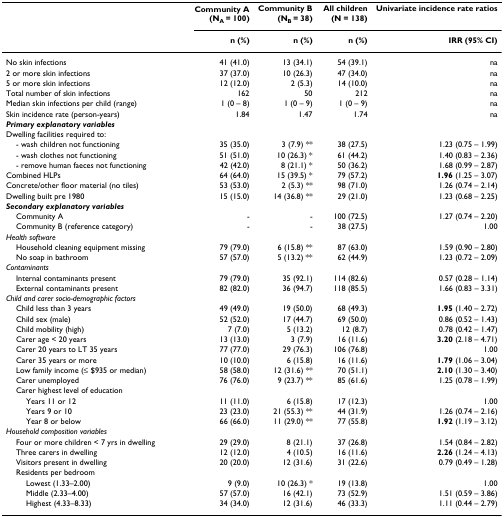
<table><thead><tr><td></td><td><b>Community A(N<sub>A </sub>= 100)</b></td><td><b>Community B(N<sub>B </sub>= 38)</b></td><td><b>All children(N = 138)</b></td><td><b>Univariate incidence rate ratios</b></td></tr><tr><td></td><td><b>n (%)</b></td><td><b>n (%)</b></td><td><b>n (%)</b></td><td><b>IRR (95% CI)</b></td></tr></thead><tbody><tr><td>No skin infections</td><td>41 (41.0)</td><td>13 (34.1)</td><td>54 (39.1)</td><td>na</td></tr><tr><td>2 or more skin infections</td><td>37 (37.0)</td><td>10 (26.3)</td><td>47 (34.0)</td><td>na</td></tr><tr><td>5 or more skin infections</td><td>12 (12.0)</td><td>2 (5.3)</td><td>14 (10.0)</td><td>na</td></tr><tr><td>Total number of skin infections</td><td>162</td><td>50</td><td>212</td><td>na</td></tr><tr><td>Median skin infections per child (range)</td><td>1 (0 – 8)</td><td>1 (0 – 9)</td><td>1 (0 – 9)</td><td>na</td></tr><tr><td>Skin incidence rate (person-years)</td><td>1.84</td><td>1.47</td><td>1.74</td><td>na</td></tr><tr><td><b><i>Primary explanatory variables </i></b></td><td></td><td></td><td></td><td></td></tr><tr><td>Dwelling facilities required to:</td><td></td><td></td><td></td><td></td></tr><tr><td> - wash children not functioning</td><td>35 (35.0)</td><td>3 (7.9) **</td><td>38 (27.5)</td><td>1.23 (0.75 – 1.99)</td></tr><tr><td> - wash clothes not functioning</td><td>51 (51.0)</td><td>10 (26.3) *</td><td>61 (44.2)</td><td>1.40 (0.83 – 2.36)</td></tr><tr><td> - remove human faeces not functioning</td><td>42 (42.0)</td><td>8 (21.1) *</td><td>50 (36.2)</td><td>1.68 (0.99 – 2.87)</td></tr><tr><td>Combined HLPs</td><td>64 (64.0)</td><td>15 (39.5) *</td><td>79 (57.2)</td><td><b>1.96 </b>(1.25 – 3.07)</td></tr><tr><td>Concrete/other floor material (no tiles)</td><td>53 (53.0)</td><td>2 (5.3) **</td><td>98 (71.0)</td><td>1.26 (0.74 – 2.14)</td></tr><tr><td>Dwelling built pre 1980</td><td>15 (15.0)</td><td>14 (36.8) **</td><td>29 (21.0)</td><td>1.23 (0.68 – 2.25)</td></tr><tr><td><b><i>Secondary explanatory variables</i></b></td><td></td><td></td><td></td><td></td></tr><tr><td> Community A</td><td>-</td><td>-</td><td>100 (72.5)</td><td>1.27 (0.74 – 2.20)</td></tr><tr><td> Community B (reference category)</td><td>-</td><td>-</td><td>38 (27.5)</td><td>1.00</td></tr><tr><td><i>Health software</i></td><td></td><td></td><td></td><td></td></tr><tr><td> Household cleaning equipment missing</td><td>79 (79.0)</td><td>6 (15.8) **</td><td>87 (63.0)</td><td>1.59 (0.90 – 2.80)</td></tr><tr><td> No soap in bathroom</td><td>57 (57.0)</td><td>5 (13.2) **</td><td>62 (44.9)</td><td>1.23 (0.72 – 2.09)</td></tr><tr><td><i>Contaminants</i></td><td></td><td></td><td></td><td></td></tr><tr><td> Internal contaminants present</td><td>79 (79.0)</td><td>35 (92.1)</td><td>114 (82.6)</td><td>0.57 (0.28 – 1.14)</td></tr><tr><td> External contaminants present</td><td>82 (82.0)</td><td>36 (94.7)</td><td>118 (85.5)</td><td>1.66 (0.83 – 3.31)</td></tr><tr><td><i>Child and carer socio-demographic factors</i></td><td></td><td></td><td></td><td></td></tr><tr><td> Child less than 3 years</td><td>49 (49.0)</td><td>19 (50.0)</td><td>68 (49.3)</td><td><b>1.95 </b>(1.40 – 2.72)</td></tr><tr><td> Child sex (male)</td><td>52 (52.0)</td><td>17 (44.7)</td><td>69 (50.0)</td><td>0.86 (0.52 – 1.43)</td></tr><tr><td> Child mobility (high)</td><td>7 (7.0)</td><td>5 (13.2)</td><td>12 (8.7)</td><td>0.78 (0.42 – 1.47)</td></tr><tr><td> Carer age &lt; 20 years</td><td>13 (13.0)</td><td>3 (7.9)</td><td>16 (11.6)</td><td><b>3.20 </b>(2.18 – 4.71)</td></tr><tr><td> Carer 20 years to LT 35 years</td><td>77 (77.0)</td><td>29 (76.3)</td><td>106 (76.8)</td><td>1.00</td></tr><tr><td> Carer 35 years or more</td><td>10 (10.0)</td><td>6 (15.8)</td><td>16 (11.6)</td><td><b>1.79 </b>(1.06 – 3.04)</td></tr><tr><td> Low family income (≤ $935 or median)</td><td>58 (58.0)</td><td>12 (31.6) **</td><td>70 (51.1)</td><td><b>2.10 </b>(1.30 – 3.40)</td></tr><tr><td> Carer unemployed</td><td>76 (76.0)</td><td>9 (23.7) **</td><td>85 (61.6)</td><td>1.25 (0.78 – 1.99)</td></tr><tr><td> Carer highest level of education</td><td></td><td></td><td></td><td></td></tr><tr><td>Years 11 or 12</td><td>11 (11.0)</td><td>6 (15.8)</td><td>17 (12.3)</td><td>1.00</td></tr><tr><td>Years 9 or 10</td><td>23 (23.0)</td><td>21 (55.3) **</td><td>44 (31.9)</td><td>1.26 (0.74 – 2.16)</td></tr><tr><td>Year 8 or below</td><td>66 (66.0)</td><td>11 (29.0) **</td><td>77 (55.8)</td><td><b>1.92 </b>(1.19 – 3.12)</td></tr><tr><td><i>Household composition variables</i></td><td></td><td></td><td></td><td></td></tr><tr><td> Four or more children &lt; 7 yrs in dwelling</td><td>29 (29.0)</td><td>8 (21.1)</td><td>37 (26.8)</td><td>1.54 (0.84 – 2.82)</td></tr><tr><td> Three carers in dwelling</td><td>12 (12.0)</td><td>4 (10.5)</td><td>16 (11.6)</td><td><b>2.26 </b>(1.24 – 4.13)</td></tr><tr><td> Visitors present in dwelling</td><td>20 (20.0)</td><td>12 (31.6)</td><td>31 (22.6)</td><td>0.79 (0.49 – 1.28)</td></tr><tr><td> Residents per bedroom</td><td></td><td></td><td></td><td></td></tr><tr><td>Lowest (1.33–2.00)</td><td>9 (9.0)</td><td>10 (26.3) *</td><td>19 (13.8)</td><td>1.00</td></tr><tr><td>Middle (2.33–4.00)</td><td>57 (57.0)</td><td>16 (42.1)</td><td>73 (52.9)</td><td>1.51 (0.59 – 3.86)</td></tr><tr><td>Highest (4.33–8.33)</td><td>34 (34.0)</td><td>12 (31.6)</td><td>46 (33.3)</td><td>1.11 (0.44 – 2.79)</td></tr></tbody></table>